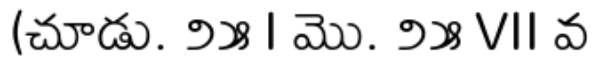
(చూడు. ౨౫ I మొ. ౨౫ VII వ